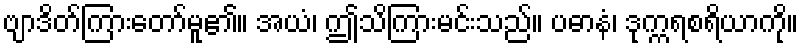
ဗျာဒိတ်ကြားတော်မူ၏။ အယံ၊ ဤသိကြားမင်းသည်။ ပဓာနံ၊ ဒုက္ကရစရိယာကို။